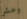
وعشر